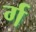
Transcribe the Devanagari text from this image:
र्ग